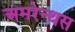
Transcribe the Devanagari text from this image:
अमरेन्थस